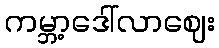
ကမ္ဘာ့ဒေါ်လာဈေး